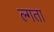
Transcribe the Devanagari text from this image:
ल्गता